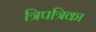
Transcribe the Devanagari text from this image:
त्रिपत्रिका